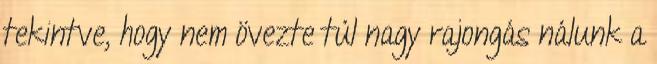
tekintve, hogy nem övezte túl nagy rajongás nálunk a